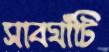
সাবঘাঁটি